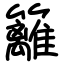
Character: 籬